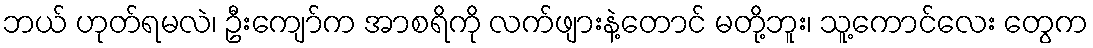
ဘယ် ဟုတ်ရမလဲ၊ ဦးကျော်က အာစရိကို လက်ဖျားနဲ့တောင် မတို့ဘူး၊ သူ့ကောင်လေး တွေက